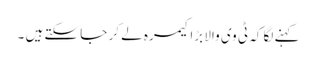
کہنے لگا کہ ٹی وی والا بڑا کیمرہ لے کر جا سکتے ہیں ۔